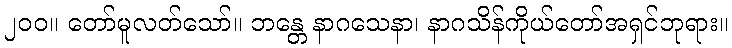
၂၀၀။ တော်မူလတ်သော်။ ဘန္တေ နာဂသေနာ၊ နာဂသိန်ကိုယ်တော်အရှင်ဘုရား။